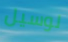
لوسيل